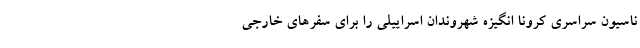
ناسیون سراسری کرونا انگیزه شهروندان اسراییلی را برای سفرهای خارجی